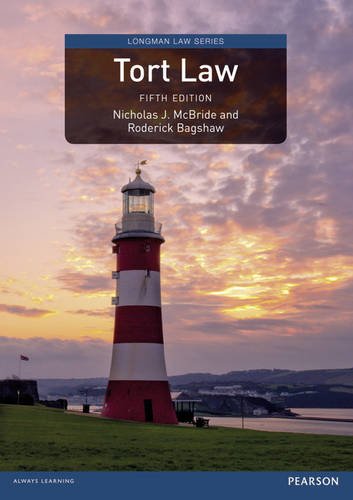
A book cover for Tort Law (Longman Law Series); Nicholas J. Mcbride; Law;